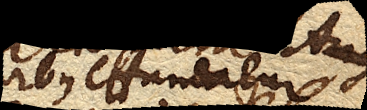
ex quibus effunditur